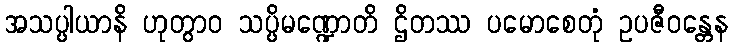
အသပ္ပါယာနိ ဟုတွာဝ သပ္ပိမဏ္ဍောတိ ဌိတဿ ပမောစေတုံ ဥပဇီဝန္တေန